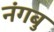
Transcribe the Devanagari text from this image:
नंगबु